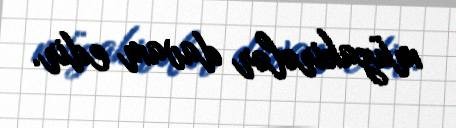
müzakirələr davam edir.